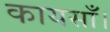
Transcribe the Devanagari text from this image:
कायसाँ।